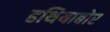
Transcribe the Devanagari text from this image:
हथियाबोर